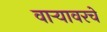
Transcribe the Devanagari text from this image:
वाऱ्यावरचे